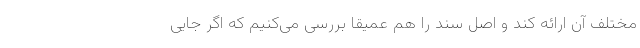
مختلف آن ارائه کند و اصل سند را هم عمیقاً بررسی می‌کنیم که اگر جایی